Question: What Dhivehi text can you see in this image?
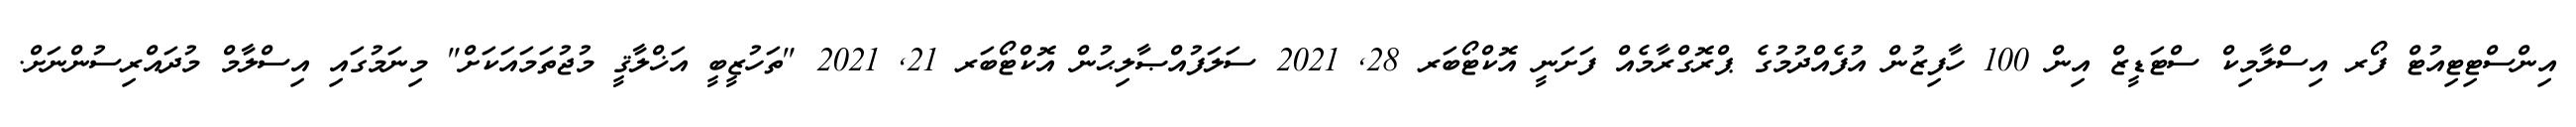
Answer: އިންސްޓިޓިއުޓް ފޯރ އިސްލާމިކް ސްޓަޑީޒް އިން 100 ހާފިޒުން އުފެއްދުމުގެ ޕްރޮގްރާމެއް ފަށަނީ އޮކްޓޯބަރ 28, 2021 ސަލަފުއްޞާލިޙުން އޮކްޓޯބަރ 21, 2021 "ތަހުޒީބީ އަޚްލާޤީ މުޖުތަމައަކަށް" މިނަމުގައި އިސްލާމް މުދައްރިސުންނަށް.